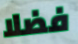
فضلا